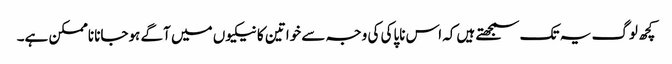
کچھ لوگ یہ تک سمجھتے ہیں‌کہ اس ناپاکی کی وجہ سے خواتین کا نیکیوں‌ میں‌ آگے ہوجانا ناممکن ہے۔